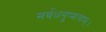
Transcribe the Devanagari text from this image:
सर्वधनुष्मताम्‌।